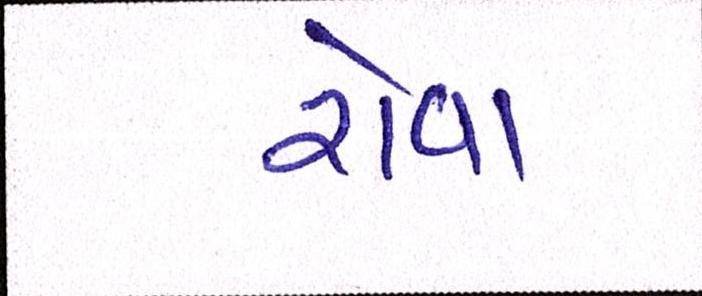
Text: રોવા